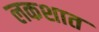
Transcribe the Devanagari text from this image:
लकशात